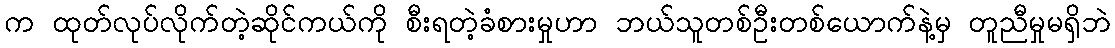
က ထုတ်လုပ်လိုက်တဲ့ဆိုင်ကယ်ကို စီးရတဲ့ခံစားမှုဟာ ဘယ်သူတစ်ဦးတစ်ယောက်နဲ့မှ တူညီမှုမရှိဘဲ